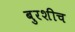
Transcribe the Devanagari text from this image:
बुरशीच